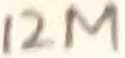
Text: 12M